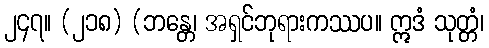
၂၄၇။ (၂၁၈) (ဘန္တေ၊ အရှင်ဘုရားကဿပ။ ဣဒံ သုတ္တံ၊